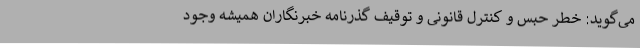
می‌گوید: خطر حبس و کنترل قانونی و توقیف گذرنامه خبرنگاران همیشه وجود